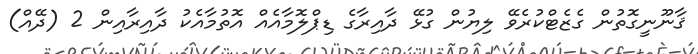
ޤާނޫނީގޮތުން ގެޒެޓްކުރެވޭ ލިޔުން ގުޅޭ ދާއިރާގެ ޑިޕްލޮމާއެއް އޮތުމާއެކު ދާއިރާއިން 2 (ދޭއް)